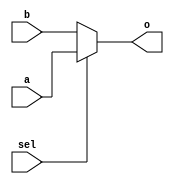
`timescale 1ns / 1ps
//////////////////////////////////////////////////////////////////////////////////
// Company: 
// Engineer: 
// 
// Design Name: 
// Module Name:    MUX2T1_64 
// Project Name: 
// Target Devices: 
// Tool versions: 
// Description: 
//
// Dependencies: 
//
// Revision: 
// Revision 0.01 - File Created
// Additional Comments: 
//
//////////////////////////////////////////////////////////////////////////////////
module MUX2T1_64(input sel,
					  input [63:0] a,
					  input [63:0] b,
					  output [63:0] o
    );

assign o = sel ? a : b;

endmodule